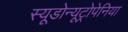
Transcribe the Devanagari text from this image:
स्यूडोन्यूट्रोपेनिया